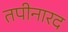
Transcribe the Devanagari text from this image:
तपीनारद